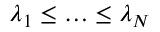
\lambda _ { 1 } \le \ldots \le \lambda _ { N }